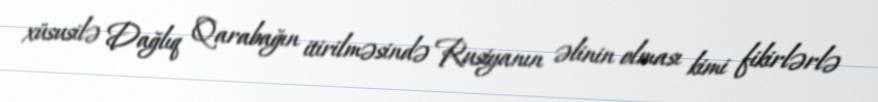
xüsusilə Dağlıq Qarabağın itirilməsində Rusiyanın əlinin olması kimi fikirlərlə